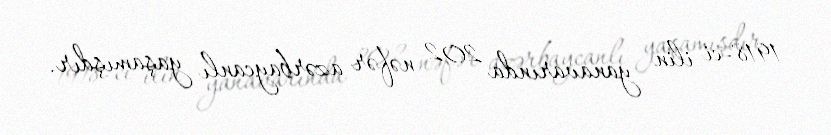
1918-ci ilin yanavarında 202 nəfər azərbaycanlı yaşamışdır.